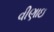
વીણાઇ